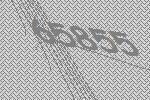
65855